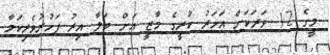
މީގެ 12 ވަރަކަށް އަހަރު ކުރީގެ މާޒީ އަށް ބަލާ އިރު ފަހުރުވެރިކަމާ